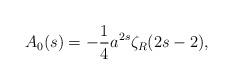
\begin{align*}A_{0}(s)=-{1\over 4}a^{2s}\zeta_{R}(2s-2) ,\end{align*}